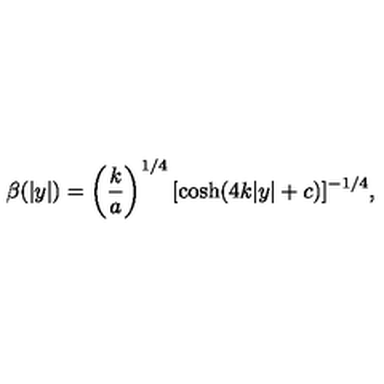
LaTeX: \beta ( | y | ) = \left( \frac { k } { a } \right) ^ { 1 / 4 } { [ \cosh ( 4 k | y | + c ) ] ^ { - 1 / 4 } } ,